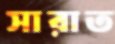
সারাত